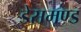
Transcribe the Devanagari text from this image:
डेसमण्ड